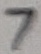
Text: 7